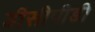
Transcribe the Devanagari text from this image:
डीसीपीडी